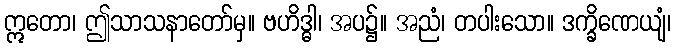
ဣတော၊ ဤသာသနာတော်မှ။ ဗဟိဒ္ဓါ၊ အပ၌။ အညံ၊ တပါးသော။ ဒက္ခိဏေယျံ၊